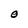
Character: O